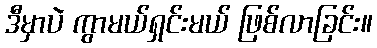
ဒီမှာပဲ ကွာမယ်ရှင်းမယ် ဖြစ်လာခြင်း။